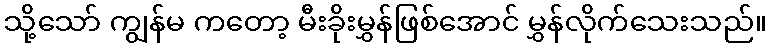
သို့သော် ကျွန်မ ကတော့ မီးခိုးမွှန်ဖြစ်အောင် မွှန်လိုက်သေးသည်။